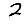
Digit: 2